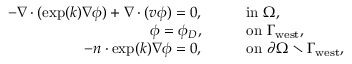
\begin{array} { r l } { - \nabla \cdot ( \exp ( k ) \nabla \phi ) + \nabla \cdot ( v \phi ) = 0 , } & { \qquad \mathrm { i n } \ \Omega , } \\ { \phi = \phi _ { D } , } & { \qquad \mathrm { o n } \ \Gamma _ { \mathrm { w e s t } } , } \\ { - n \cdot \exp ( k ) \nabla \phi = 0 , } & { \qquad \mathrm { o n } \ \partial \Omega \setminus \Gamma _ { \mathrm { w e s t } } , } \end{array}